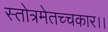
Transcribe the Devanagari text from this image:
स्तोत्रमेतच्चकार।।